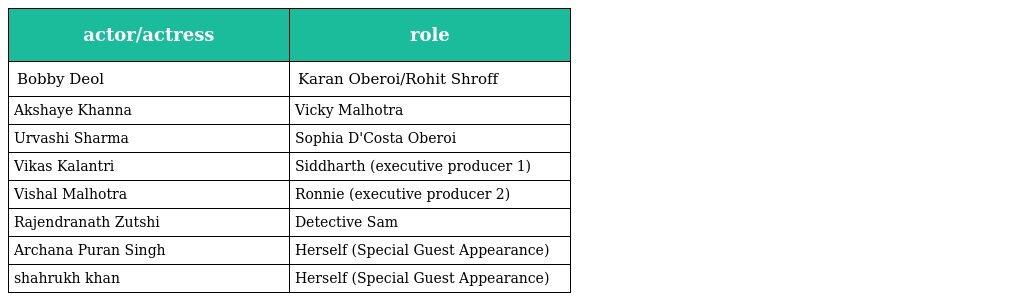
| actor/actress | role |
 | --- | --- |
 | Bobby Deol | Karan Oberoi/Rohit Shroff |
 | Akshaye Khanna | Vicky Malhotra |
 | Urvashi Sharma | Sophia D'Costa Oberoi |
 | Vikas Kalantri | Siddharth (executive producer 1) |
 | Vishal Malhotra | Ronnie (executive producer 2) |
 | Rajendranath Zutshi | Detective Sam |
 | Archana Puran Singh | Herself (Special Guest Appearance) |
 | shahrukh khan | Herself (Special Guest Appearance) |